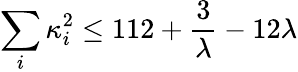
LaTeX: \sum_{i}\kappa_{i}^{2}\leq 112+{\frac{3}{\lambda}}-12\lambda